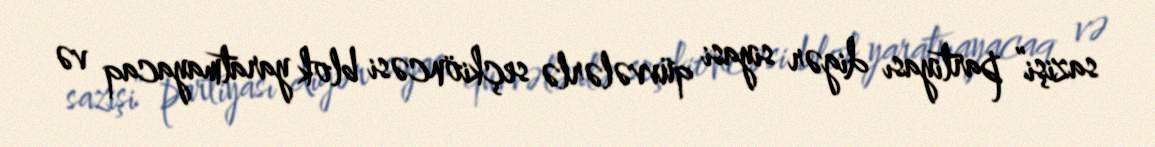
sazişi” partiyası digər siyasi qüvvələrlə seçkiöncəsi blok yaratmayacaq və